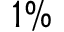
1 \%